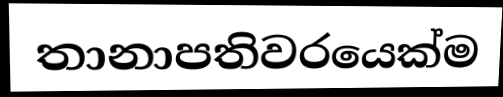
තානාපතිවරයෙක්ම